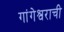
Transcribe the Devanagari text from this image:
गांगेश्वराची